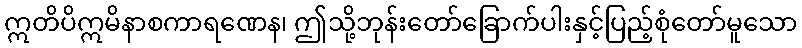
ဣတိပိဣမိနာစကာရဏေန၊ ဤသို့ဘုန်းတော်ခြောက်ပါးနှင့်ပြည့်စုံတော်မူသော